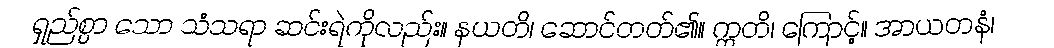
ရှည်စွာ သော သံသရာ ဆင်းရဲကိုလည်း။ နယတိ၊ ဆောင်တတ်၏။ ဣတိ၊ ကြောင့်။ အာယတနံ၊